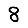
Digit: 8